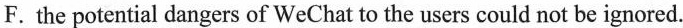
F. the potential dangers of WeChat to the users could not be ignored.